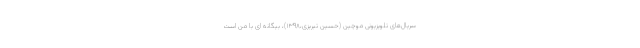
سریال‌های تلویزیونی موچین (حسین تبریزی،۱۳۹۸)، بیگانه ای با من است